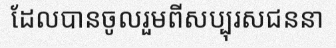
ដែលបានចូលរួមពីសប្បុរសជននា